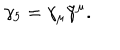
\gamma _ { 5 } = \gamma _ { \mu } \tilde { \gamma } ^ { \mu } .